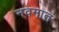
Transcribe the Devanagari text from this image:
नवमात